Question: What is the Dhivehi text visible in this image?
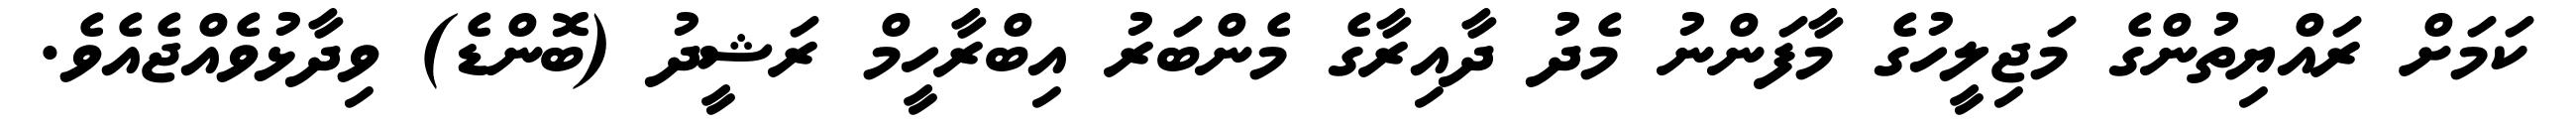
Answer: ކަމަށް ރައްޔިތުންގެ މަޖިލީހުގެ މާފަންނު މެދު ދާއިރާގެ މެންބަރު އިބްރާހީމް ރަޝީދު (ބޮންޑެ) ވިދާޅުވެއްޖެއެވެ.